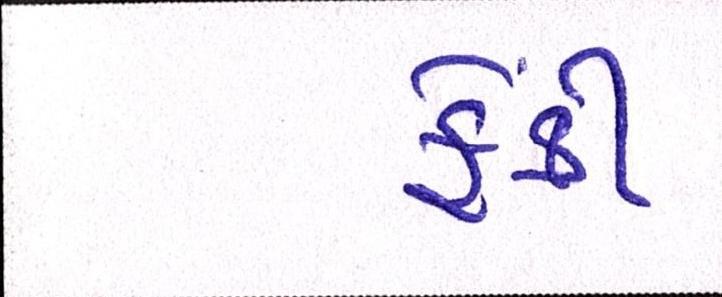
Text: ફેંકી